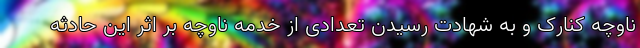
ناوچه کنارک و به شهادت رسیدن تعدادی از خدمه ناوچه بر اثر این حادثه